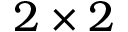
2 \times 2